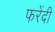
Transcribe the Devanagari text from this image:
फरेंदी